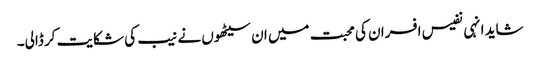
شاید انہی نفیس افسران کی محبت میں ان سیٹھوں نے نیب کی شکایت کر ڈالی۔